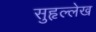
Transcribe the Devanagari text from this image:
सुहृल्लेख